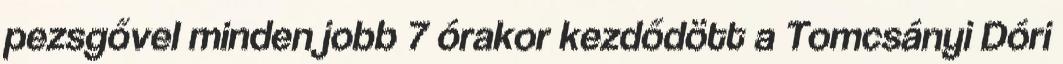
pezsgővel minden jobb 7 órakor kezdődött a Tomcsányi Dóri